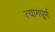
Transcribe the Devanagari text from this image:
त्यागपूर्ण